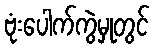
ဗုံးပေါက်ကွဲမှုတွင်